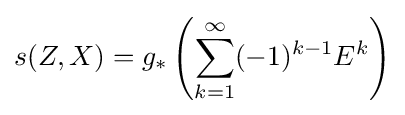
s(Z,X)=g_{*}\left(\sum _{k=1}^{\infty }(-1)^{k-1}E^{k}\right)